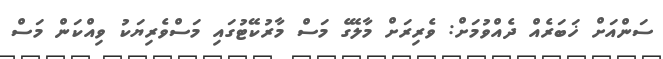
ސަންއަށް ޚަބަރެއް ދެއްވުމަށް: ވެރިރަށް މާލޭގެ މަސް މާރުކޭޓުގައި މަސްވެރިޔަކު ވިއްކަން މަސް